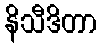
နိသီဒိတာ